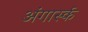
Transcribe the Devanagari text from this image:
अंगार्स्क